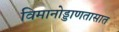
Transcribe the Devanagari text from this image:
विमानोड्डाणतासात